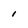
Character: 1